Annual administration report of the Civil Veterinary Department of India - 1897-1898
Year: 1897
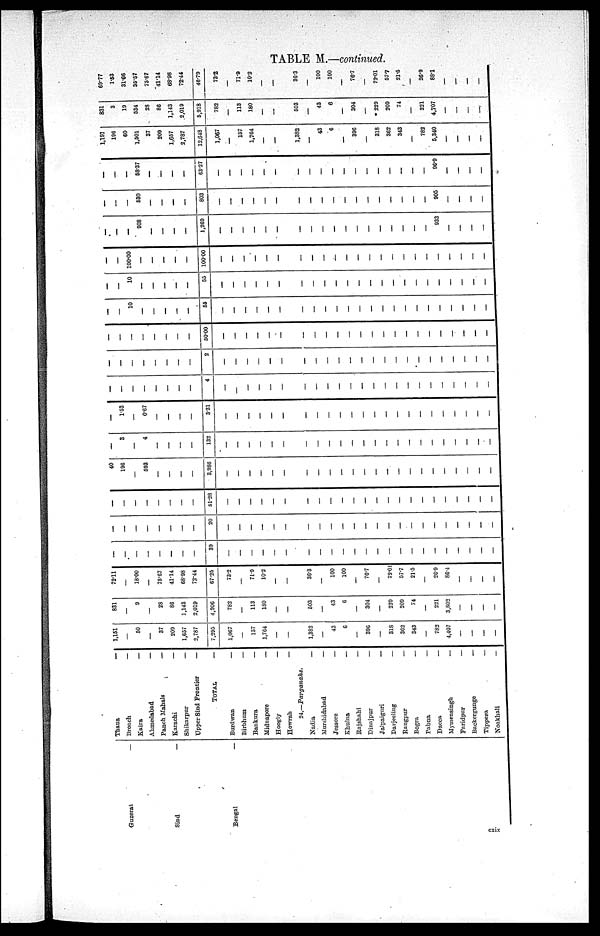
TABLE M.—continued.
Guzerat
—
Sind
—
Bengal
—
Thana
Broach
Kaira
Ahmedabad
Panch Mahals
Karachi
Shikarpur
Upper Sind Frontier
TOTAL
Burdwan
Birbhum
Bankura
Midnapore
Hoogly
Howrah
24.—Parganahs.
Nadia
Murshidabad
Jessore
Khulna
Rajshahi
Dinajpur
Jalpaiguri
Darjeeling
Rangpur
Bogra
Pabna
Dacca
Mymensingh
Faridpur
Backergunge
Tippena
Noakhali
—
—
—
—
—
—
—
—
—
—
—
—
—
—
—
—
—
—
—
—
—
—
—
—
—
—
—
—
—
—
1,151
—
50
—
37
200
1,657
2,787
7,295
1,067
—
157
1,764
—
—
1,382
—
43
6
—
396
—
318
362
343
—
782
4,407
—
—
—
—
831
—
9
—
28
86
1,143
2,019
4,906
782
—
113
180
—
—
503
—
43
6
—
304
—
229
209
74
—
221
3,802
—
—
—
—
72.11
—
18.00
—
75.67
41.14
68.98
72.44
67.25
73.2
—
71.9
10.2
—
—
36.3
—
100
100
—
76.7
—
72.01
57.7
21.5
—
26.9
86.4
—
—
—
—
—
—
—
—
—
—
—
—
39
—
—
—
—
—
—
—
—
—
—
—
—
—
—
—
—
—
—
—
—
—
—
—
—
—
—
—
—
—
—
—
20
—
—
—
—
—
—
—
—
—
—
—
—
—
—
—
—
—
—
—
—
—
—
—
—
—
—
—
—
—
—
—
51.28
—
—
—
—
—
—
—
—
—
—
—
—
—
—
—
—
—
—
—
—
—
—
—
40
196
—
593
—
—
—
—
3,986
—
—
—
—
—
—
—
—
—
—
—
—
—
—
—
—
—
—
—
—
—
—
—
—
3
—
4
—
—
—
—
132
—
—
—
—
—
—
—
—
—
—
—
—
—
—
—
—
—
—
—
—
—
—
—
—
1.53
—
0.67
—
—
—
—
3.31
—
—
—
—
—
—
—
—
—
—
—
—
—
—
—
—
—
—
—
—
—
—
—
—
—
—
—
—
—
—
—
4
—
—
—
—
—
—
—
—
—
—
—
—
—
—
—
—
—
—
—
—
—
—
—
—
—
—
—
—
—
—
—
2
—
—
—
—
—
—
—
—
—
—
—
—
—
—
—
—
—
—
—
—
—
—
—
—
—
—
—
—
—
—
50.00
—
—
—
—
—
—
—
—
—
—
—
—
—
—
—
—
—
—
—
—
—
—
—
—
—
10
—
—
—
—
—
55
—
—
—
—
—
—
—
—
—
—
—
—
—
—
—
—
—
—
—
—
—
—
—
—
—
10
—
—
—
—
—
55
—
—
—
—
—
—
—
—
—
—
—
—
—
—
—
—
—
—
—
—
—
—
—
—
—
100.00
—
—
—
—
—
100.00
—
—
—
—
—
—
—
—
—
—
—
—
—
—
—
—
—
—
—
—
—
—
—
—
—
—
908
—
—
—
—
1,269
—
—
—
—
—
—
—
—
—
—
—
—
—
—
—
—
—
—
933
—
—
—
—
—
—
—
530
—
—
—
—
803
—
—
—
—
—
—
—
—
—
—
—
—
—
—
—
—
—
—
905
—
—
—
—
—
—
—
58.37
—
—
—
—
63.27
—
—
—
—
—
—
—
—
—
—
—
—
—
—
—
—
—
—
96.9
—
—
—
—
1,191
196
60
1,501
37
209
1,657
2,787
12,648
1,067
—
157
1,764
—
—
1,382
—
43
6
—
396
—
318
362
343
—
782
5,340
—
—
—
—
831
3
19
534
28
86
1,143
2,019
5,918
782
—
113
180
—
—
503
—
43
6
—
304
—
229
209
74
—
221
4,707
—
—
—
—
69.77
1.53
31.66
35.57
75.67
41.14
68.98
72.44
46.79
73.2
—
71.9
10.2
—
—
36.3
—
100
100
—
76.7
—
72.01
57.7
21.5
—
26.9
88.1
—
—
—
—
cxix